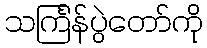
သင်္ကြန်ပွဲတော်ကို